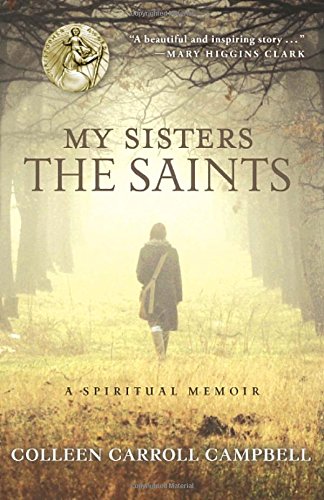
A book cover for My Sisters the Saints: A Spiritual Memoir; Colleen Carroll Campbell; Biographies & Memoirs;